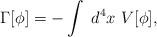
LaTeX: \begin{align*}\Gamma [\phi ]=-\int ~d^4x~V[\phi ],\end{align*}